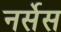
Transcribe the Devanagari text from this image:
नर्सेस